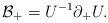
LaTeX: \begin{align*}{\cal B}_+ = U^{-1} \partial_+U.\end{align*}